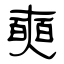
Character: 奭